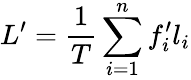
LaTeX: L^{\prime}=\frac{1}{T}\sum_{i=1}^{n}f_{i}^{\prime}l_{i}